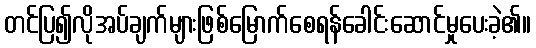
တင်ပြ၍လိုအပ်ချက်များဖြစ်မြောက်စေရန်ခေါင်းဆောင်မှုပေးခဲ့၏။